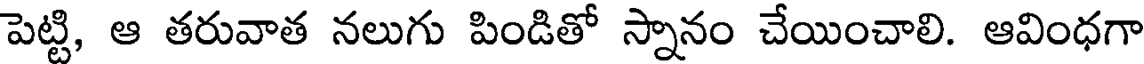
పెట్టి, ఆ తరువాత నలుగు పిండితో స్నానం చేయించాలి. ఆవింధగా